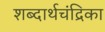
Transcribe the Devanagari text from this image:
शब्दार्थचंद्रिका